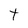
Character: t